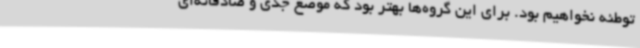
توطئه نخواهیم بود. برای این گروه‌ها بهتر بود که موضع جدی و صادقانه‌ای